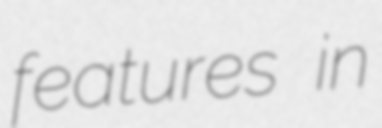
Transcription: features in